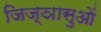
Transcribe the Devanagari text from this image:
जिज्ञासुओं